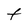
Character: t